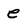
Character: e